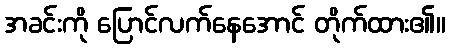
အခင်းကို ပြောင်လက်နေအောင် တိုက်ထား၏။